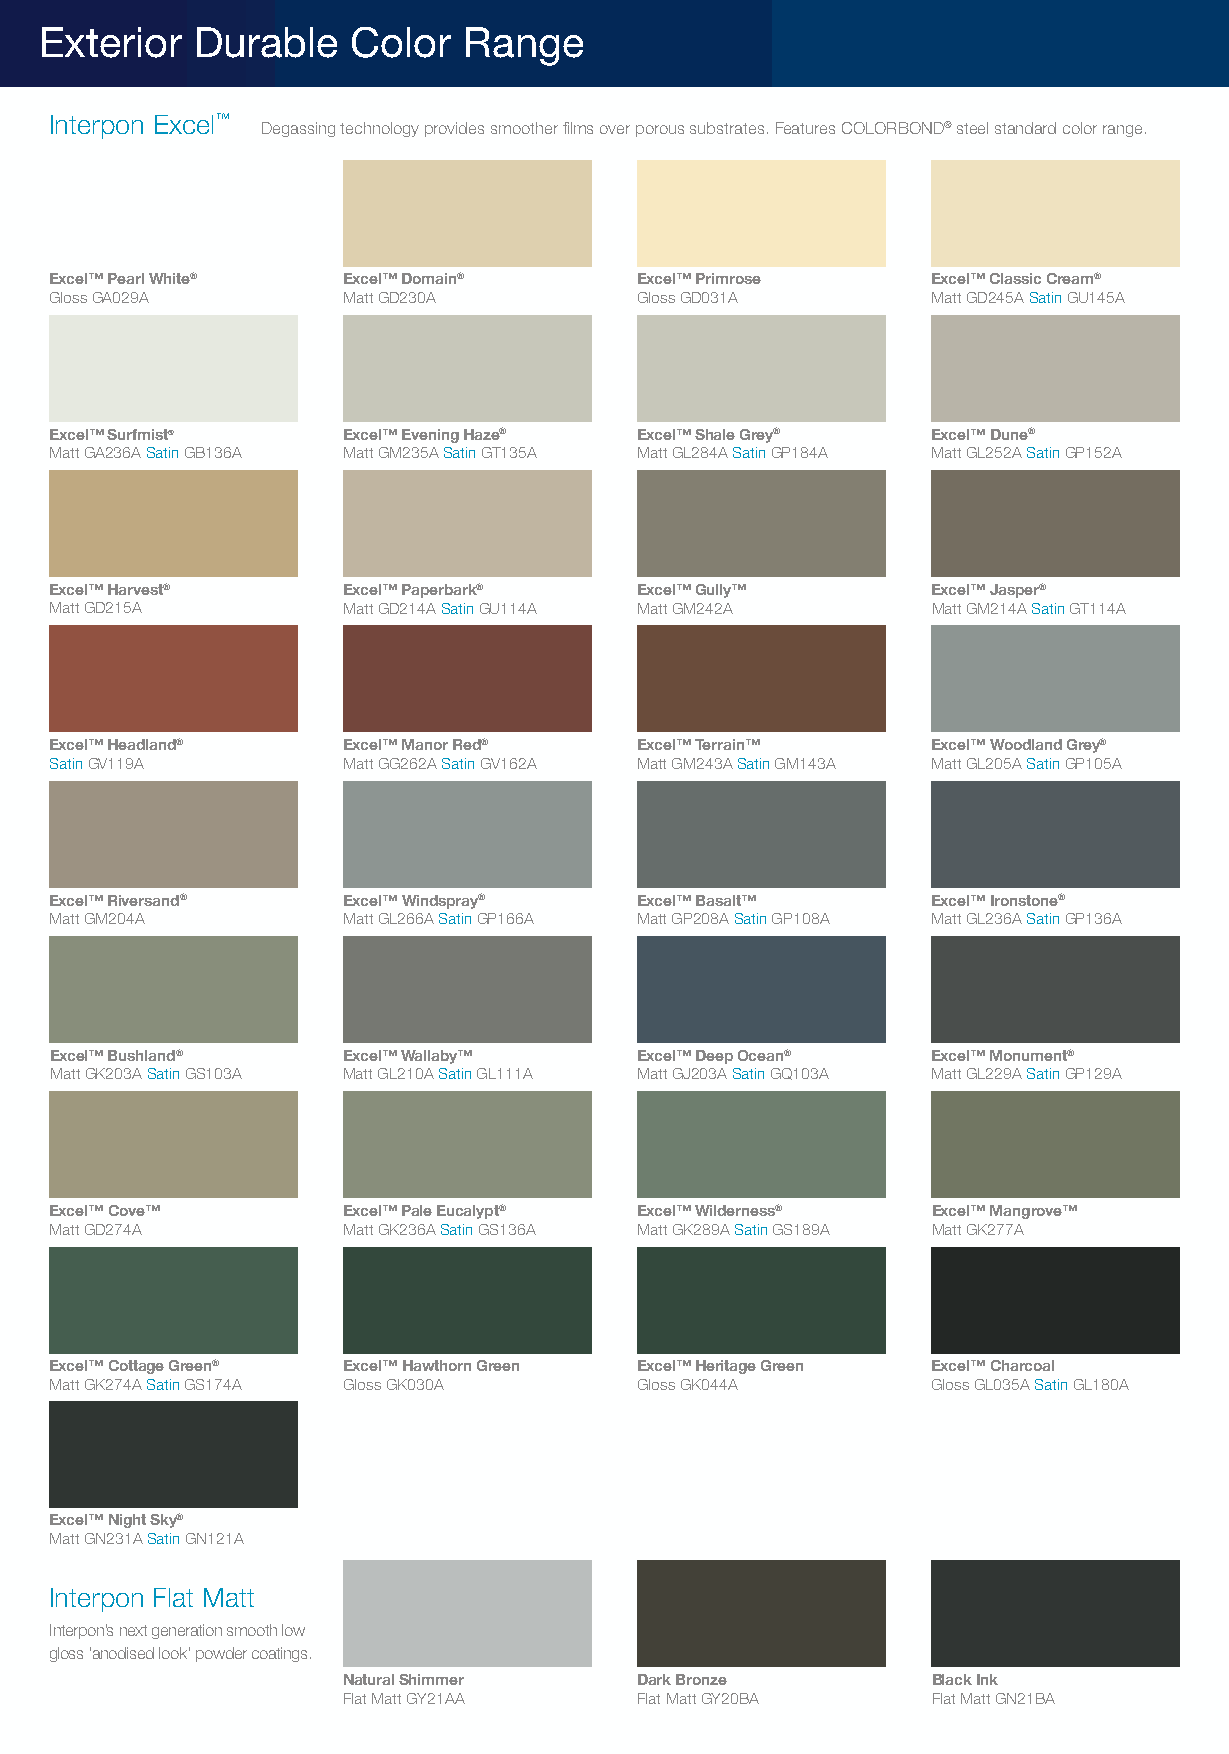
Exterior  Durable   Color   Range
 Interpon Excel™
 Degassing technology provides smoother films over porous substrates. Features COLORBOND® steel standard color range.
 Excel™ Pearl White® Excel™ Domain®     Excel™ Primrose     Excel™ Classic Cream®
 Gloss GA029A        Matt GD230A        Gloss GD031A        Matt GD245A Satin GU145A
 Excel™ Surfmist®    Excel™ Evening Haze® Excel™ Shale Grey® Excel™ Dune®
 Matt GA236A Satin GB136A Matt GM235A Satin GT135A Matt GL284A Satin GP184A Matt GL252A Satin GP152A
 Excel™ Harvest®     Excel™ Paperbark®  Excel™ Gully™       Excel™ Jasper®
 Matt GD215A         Matt GD214A Satin GU114A Matt GM242A   Matt GM214A Satin GT114A
 Excel™ Headland®    Excel™ Manor Red®  Excel™ Terrain™     Excel™ Woodland Grey®
 Satin GV119A        Matt GG262A Satin GV162A Matt GM243A Satin GM143A Matt GL205A Satin GP105A
 Excel™ Riversand®   Excel™ Windspray®  Excel™ Basalt™      Excel™ Ironstone®
 Matt GM204A         Matt GL266A Satin GP166A Matt GP208A Satin GP108A Matt GL236A Satin GP136A
 Excel™ Bushland®    Excel™ Wallaby™    Excel™ Deep Ocean®  Excel™ Monument®
 Matt GK203A Satin GS103A Matt GL210A Satin GL111A Matt GJ203A Satin GQ103A Matt GL229A Satin GP129A
 Excel™ Cove™        Excel™ Pale Eucalypt® Excel™ Wilderness® Excel™ Mangrove™
 Matt GD274A         Matt GK236A Satin GS136A Matt GK289A Satin GS189A Matt GK277A
 Excel™ Cottage Green® Excel™ Hawthorn Green Excel™ Heritage Green Excel™ Charcoal
 Matt GK274A Satin GS174A Gloss GK030A  Gloss GK044A        Gloss GL035A Satin GL180A
 Excel™ Night Sky®
 Matt GN231A Satin GN121A
 Interpon Flat Matt
 Interpon’s next generation smooth low
 gloss ‘anodised look’ powder coatings.
 Natural Shimmer    Dark Bronze         Black Ink
 Flat Matt GY21AA   Flat Matt GY20BA    Flat Matt GN21BA